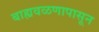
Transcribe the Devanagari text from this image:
बाह्यवळणापासून